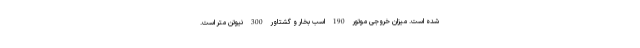
شده است. میزان خروجی موتور 190 اسب بخار و گشتاور 300 نیوتن متر است.